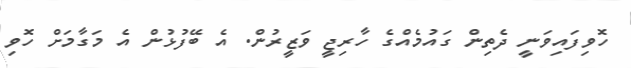
ހޮވިފައިވަނީ ދެެތިން ގައުމެއްގެ ހާރިޖީ ވަޒީރުން. އެ ބޭފުޅުން އެ މަގާމަށް ހޮވި